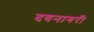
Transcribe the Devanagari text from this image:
दवनागरी